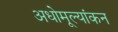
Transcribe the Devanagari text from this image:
अधोमूल्यांकन